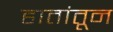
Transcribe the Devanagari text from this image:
हातांतून